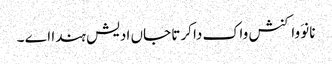
نانوَ واکنش واک دا کرتا جاں ادیش ہندا اے ۔